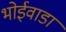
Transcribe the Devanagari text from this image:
भोईवाडा